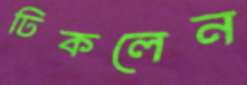
ঢিকলেন